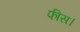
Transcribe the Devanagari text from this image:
फीस।